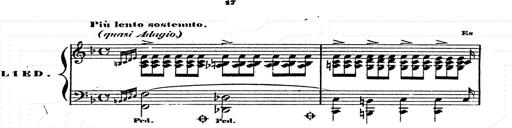
Title: Franz Schuberts geistliche Lieder
Composer: Franz Liszt